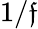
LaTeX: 1/\mathfrak{f}